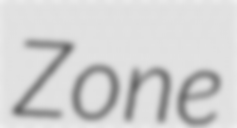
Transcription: Zone